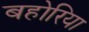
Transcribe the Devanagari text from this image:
बहोरिया